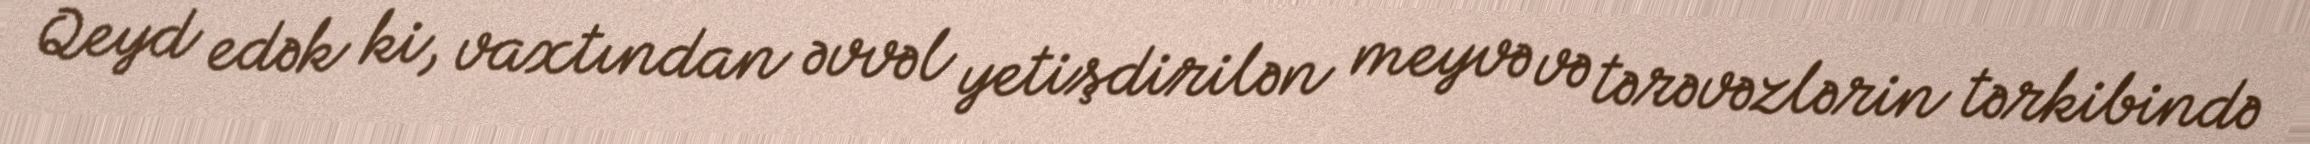
Qeyd edək ki, vaxtından əvvəl yetişdirilən meyvə və tərəvəzlərin tərkibində